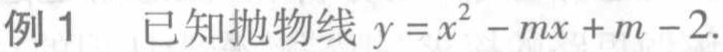
例 1 已知抛物线 \(y = x^{2}-mx + m - 2\).